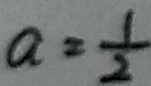
a = \frac { 1 } { 2 }